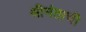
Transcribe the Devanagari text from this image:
श्रीमंताची